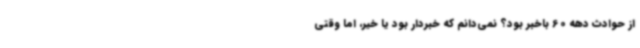
از حوادث دهه 60 باخبر بود؟ نمی‌دانم که خبردار بود یا خیر، اما وقتی